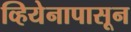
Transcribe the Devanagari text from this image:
व्हियेनापासून